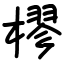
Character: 樛